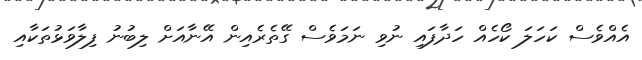
އެއްވެސް ކަހަލަ ކޯހެއް ހަދާފައި ނުވި ނަމަވެސް ގޭތެރެއިން އޭނާއަށް ލިބުނު ފިލާވަޅުތަކާއި